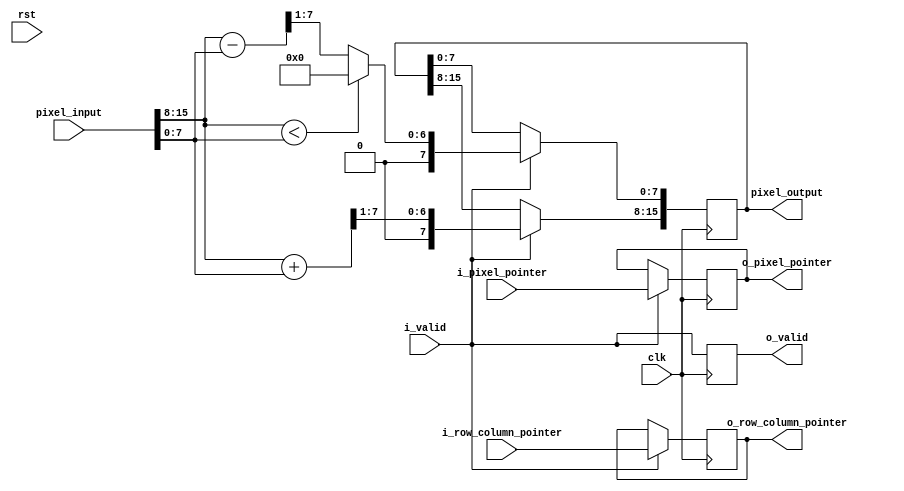
`timescale 1ns / 1ps
//////////////////////////////////////////////////////////////////////////////////
// Company: 
// Engineer: 
// 
// Design Name: 
// Module Name: mac_haar
// Project Name: 
// Target Devices: 
// Tool Versions: 
// Description: 
// 
// Dependencies: 
// 
// Revision:
// Revision 0.01 - File Created
// Additional Comments:
// 
//////////////////////////////////////////////////////////////////////////////////



module mac_haar
#(parameter HEIGHT = 256,
            WIDTH = 256)
(
input clk, rst,
input [15:0] pixel_input,
output reg [15:0] pixel_output,
input i_valid,
output reg o_valid,
input [$clog2(WIDTH)-1:0] i_row_column_pointer,
input [$clog2(WIDTH)-1:0] i_pixel_pointer,
output reg [$clog2(WIDTH)-1:0] o_row_column_pointer,
output reg [$clog2(WIDTH)-1:0] o_pixel_pointer
    );
always @ (posedge clk) begin
    if (i_valid) begin
        pixel_output[15:8] <= (pixel_input[15:8] + pixel_input[7:0])>>1;
        if ( pixel_input[15:8] < pixel_input[7:0])
            pixel_output[7:0] <= 0;
        else
            pixel_output[7:0] <= (pixel_input[15:8] - pixel_input[7:0])>>1;
        o_pixel_pointer <= i_pixel_pointer;
        o_row_column_pointer <= i_row_column_pointer;
    end
    o_valid <= i_valid;
                   
end    
endmodule